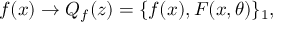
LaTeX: f ( x ) \to Q _ { f } ( z ) = \{ f ( x ) , F ( x , \theta ) \} _ { 1 } ,